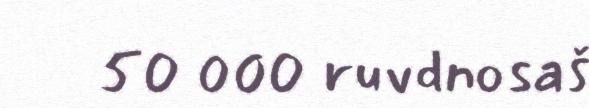
50 000 ruvdnosaš